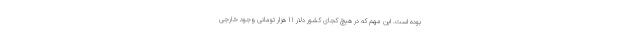
بوده است. این مهم که در هیچ کجای کشور دلار 11 هزار تومانی وجود خارجی